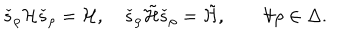
\check { s } _ { \rho } { \cal H } \check { s } _ { \rho } = { \cal H } , \quad \check { s } _ { \rho } \tilde { \cal H } \check { s } _ { \rho } = \tilde { \cal H } , \qquad \forall \rho \in \Delta .